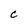
Character: C